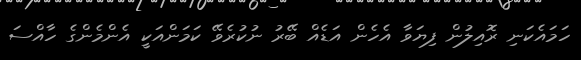
ހަމައެކަނި ރޮއިލުން ފިޔަވާ އެހެން އަޑެއް ބޭރު ނުކުރެވޭ ކަމަންއަކީ އެންމެންގެ ހާއްސަ